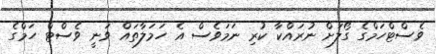
ވެސްޓްހަމްގެ ގޯލަށް ނުރައްކާ ކުރި ނަމަވެސް އެ ހަމަލާތައް ވަނީ ވެސްޓް ހަމްގެ